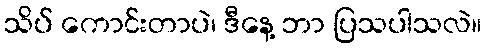
သိပ် ကောင်းတာပဲ၊ ဒီနေ့ ဘာ ပြသပါသလဲ။